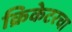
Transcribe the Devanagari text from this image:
क्रिकेटरचा